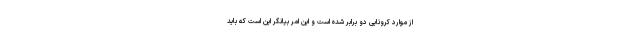
از موارد کرونایی دو برابر شده است و این امر بیانگر این است که باید